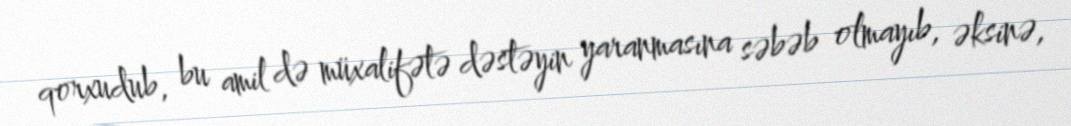
qorxudub, bu amil də müxalifətə dəstəyin yaranmasına səbəb olmayıb, əksinə,